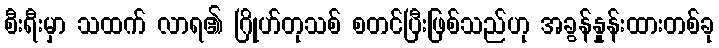
စီးရီးမှာ သထက် လာရ၏ ဂြိုဟ်တုသစ် စတင်ပြီးဖြစ်သည်ဟု အခွန်နှုန်းထားတစ်ခု